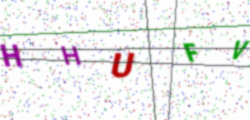
Text: HHUFV